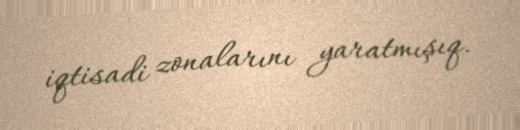
iqtisadi zonalarını yaratmışıq.